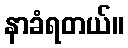
နာခံရတယ်။